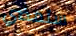
ستمضي